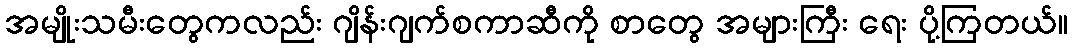
အမျိုးသမီးတွေကလည်း ဂျိန်းဂျက်စကာဆီကို စာတွေ အများကြီး ရေး ပို့ကြတယ်။